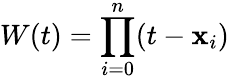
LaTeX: W(t)=\prod_{i=0}^{n}(t-\mathbf{x}_{i})